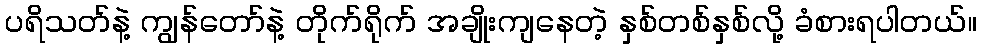
ပရိသတ်နဲ့ ကျွန်တော်နဲ့ တိုက်ရိုက် အချိုးကျနေတဲ့ နှစ်တစ်နှစ်လို့ ခံစားရပါတယ်။